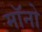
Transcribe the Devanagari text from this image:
मॉनो